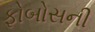
ફોબોસની